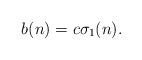
LaTeX: \begin{align*}b(n)=c\sigma_1(n).\end{align*}